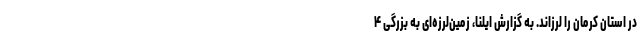
در استان کرمان را لرزاند. به گزارش ایلنا، زمین‌لرزه‌ای به بزرگی ۴